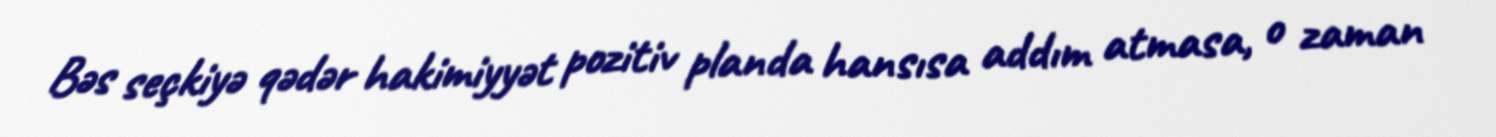
Bəs seçkiyə qədər hakimiyyət pozitiv planda hansısa addım atmasa, o zaman